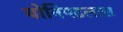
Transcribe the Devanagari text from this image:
योनिपटलास